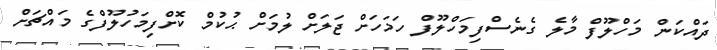
ދައްކަން މަހްލޫފް މާލެ ގެނެސްފިމަހްލޫފް ހަމަހަށް ޖަލަށް ލުމަށް ޙުކުމް ކޮށްފިމަހުލޫފްގެ މައްޗަށް